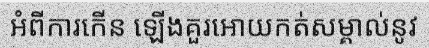
អំពីការកើន ឡើងគួរអោយកត់សម្គាល់នូវ